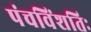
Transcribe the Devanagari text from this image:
पंचविंशतिः